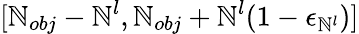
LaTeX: [\mathbb{N}_{obj}-\mathbb{N}^{l},\mathbb{N}_{obj}+\mathbb{N}^{l}(1-\epsilon_{\mathbb{N}^{l}})]